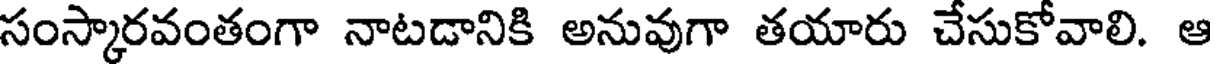
సంస్కారవంతంగా నాటడానికి అనువుగా తయారు చేసుకోవాలి. ఆ